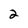
Character: 2